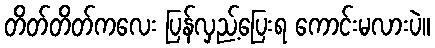
တိတ်တိတ်ကလေး ပြန်လှည့်ပြေးရ ကောင်းမလားပဲ။